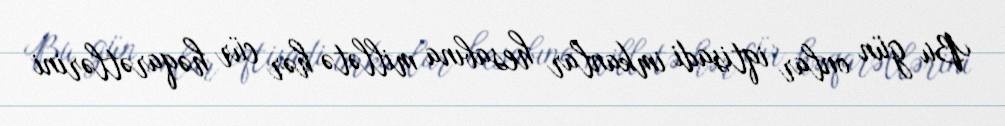
Bu gün onlar iqtisadi imkanlar hesabına millətə hər cür həqarətlərini